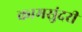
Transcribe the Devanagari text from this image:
कामसुंदरी